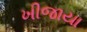
ખીજાયા